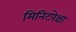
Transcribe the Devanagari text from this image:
मिनिटपेक्षा